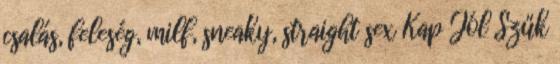
csalás, feleség, milf, sneaky, straight sex Kap Jól Szűk